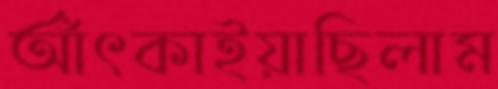
আঁৎকাইয়াছিলাম